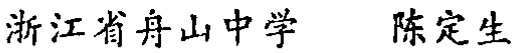
浙江省舟山中学 陈定生